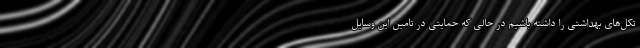
تکل‌های بهداشتی را داشته باشیم در حالی که حمایتی در تامین این وسایل